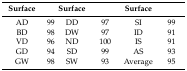
<table><thead><tr><td><b>Surface</b></td><td>[EMPTY_CELL]</td><td><b>Surface</b></td><td>[EMPTY_CELL]</td><td><b>Surface</b></td><td>[EMPTY_CELL]</td></tr></thead><tbody><tr><td>AD</td><td>99</td><td>DD</td><td>97</td><td>SI</td><td>99</td></tr><tr><td>BD</td><td>98</td><td>DW</td><td>97</td><td>ID</td><td>91</td></tr><tr><td>VD</td><td>96</td><td>ND</td><td>100</td><td>IS</td><td>91</td></tr><tr><td>GD</td><td>94</td><td>SD</td><td>99</td><td>AS</td><td>93</td></tr><tr><td>GW</td><td>98</td><td>SW</td><td>93</td><td>Average</td><td>95</td></tr></tbody></table>